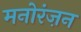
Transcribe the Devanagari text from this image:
मनोरंज़न